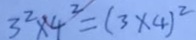
3 ^ { 2 } \times 4 ^ { 2 } = ( 3 \times 4 ) ^ { 2 }